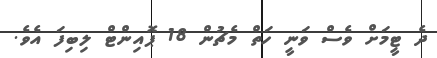
ދެ ޓީމަށް ވެސް ވަނީ ހަތް މެޗުން 18 ޕޮއިންޓް ލިބިފަ އެވެ.